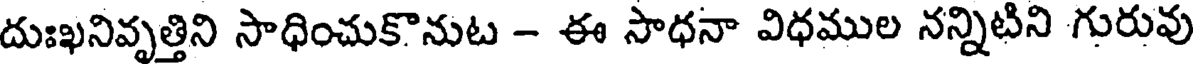
దుఃఖనివృత్తిని సాధించుకొనుట - ఈ సాధనా విధముల నన్నిటిని గురువు